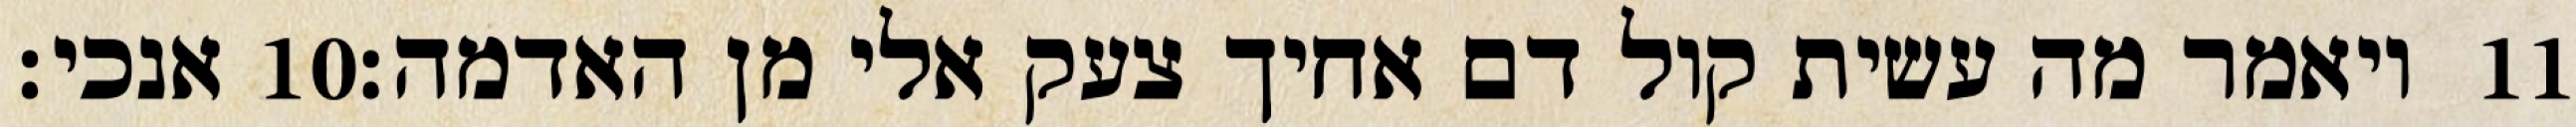
אנכי׃ ‎10‏ ויאמר מה עשית קול דם אחיך צעק אלי מן האדמה׃ ‎11‏